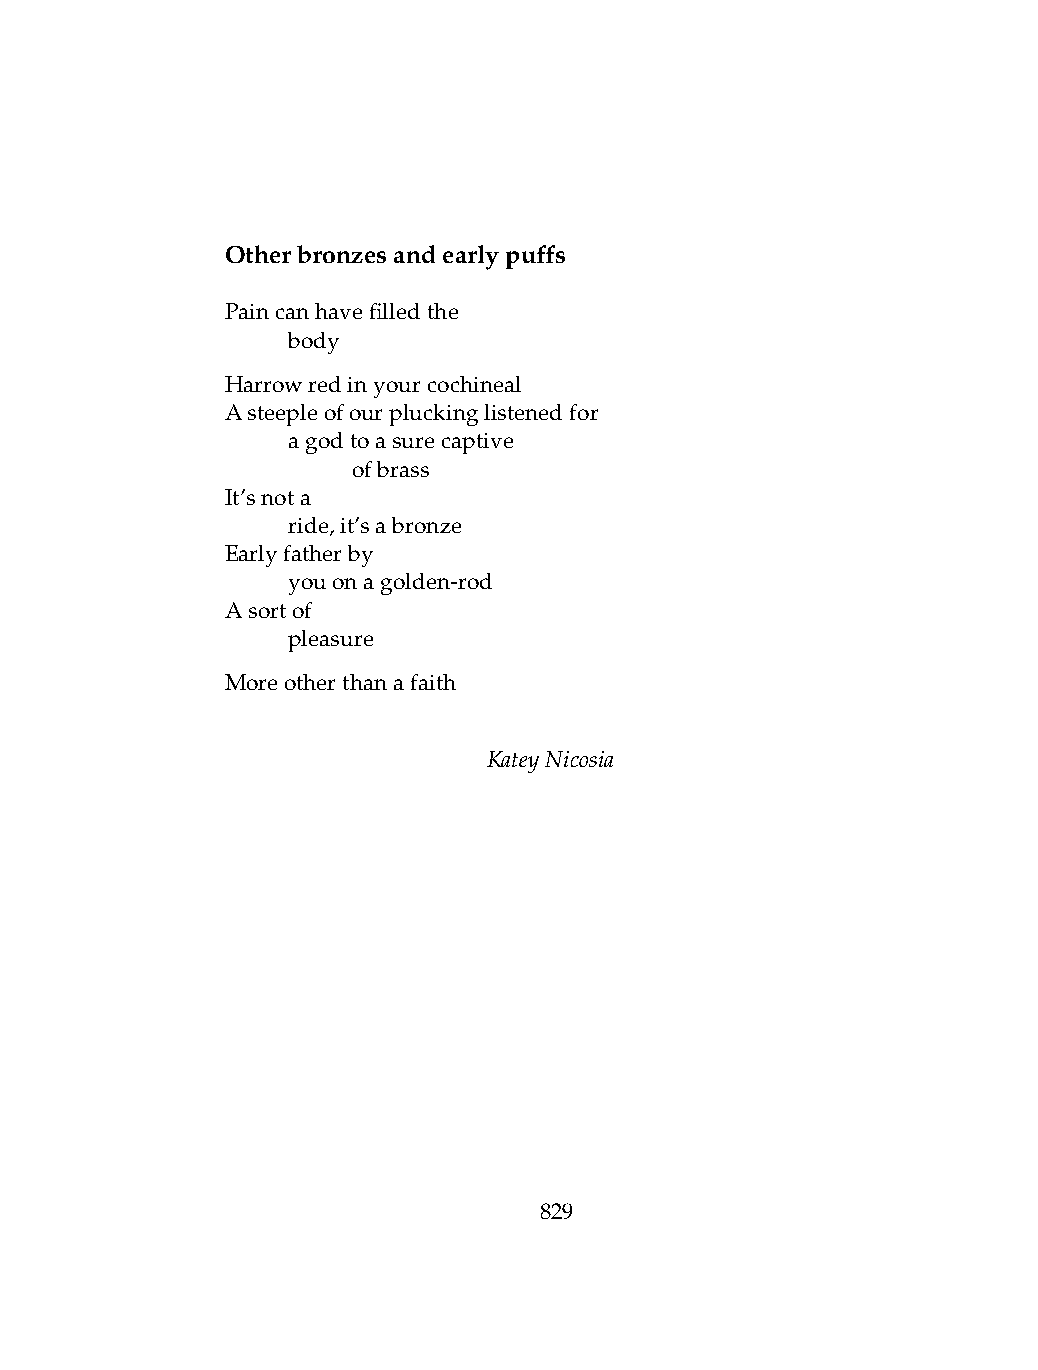
Otherbronzesandearlypuffs
 Paincanhavefilledthe
 .   body
 Harrowredinyourcochineal
 Asteepleofourpluckinglistenedfor
 .   agodtoasurecaptive
 .   .   ofbrass
 It’snota
 .   ride,it’sabronze
 Earlyfatherby
 .   youonagolden-rod
 Asortof
 .   pleasure
 Moreotherthanafaith
 KateyNicosia
 829